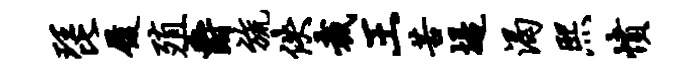
琵履殖爵旒佚裁王苦堤渴熙愤